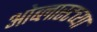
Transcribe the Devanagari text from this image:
ओब्लास्टच्या